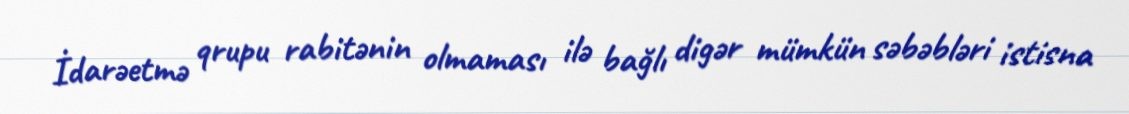
İdarəetmə qrupu rabitənin olmaması ilə bağlı digər mümkün səbəbləri istisna